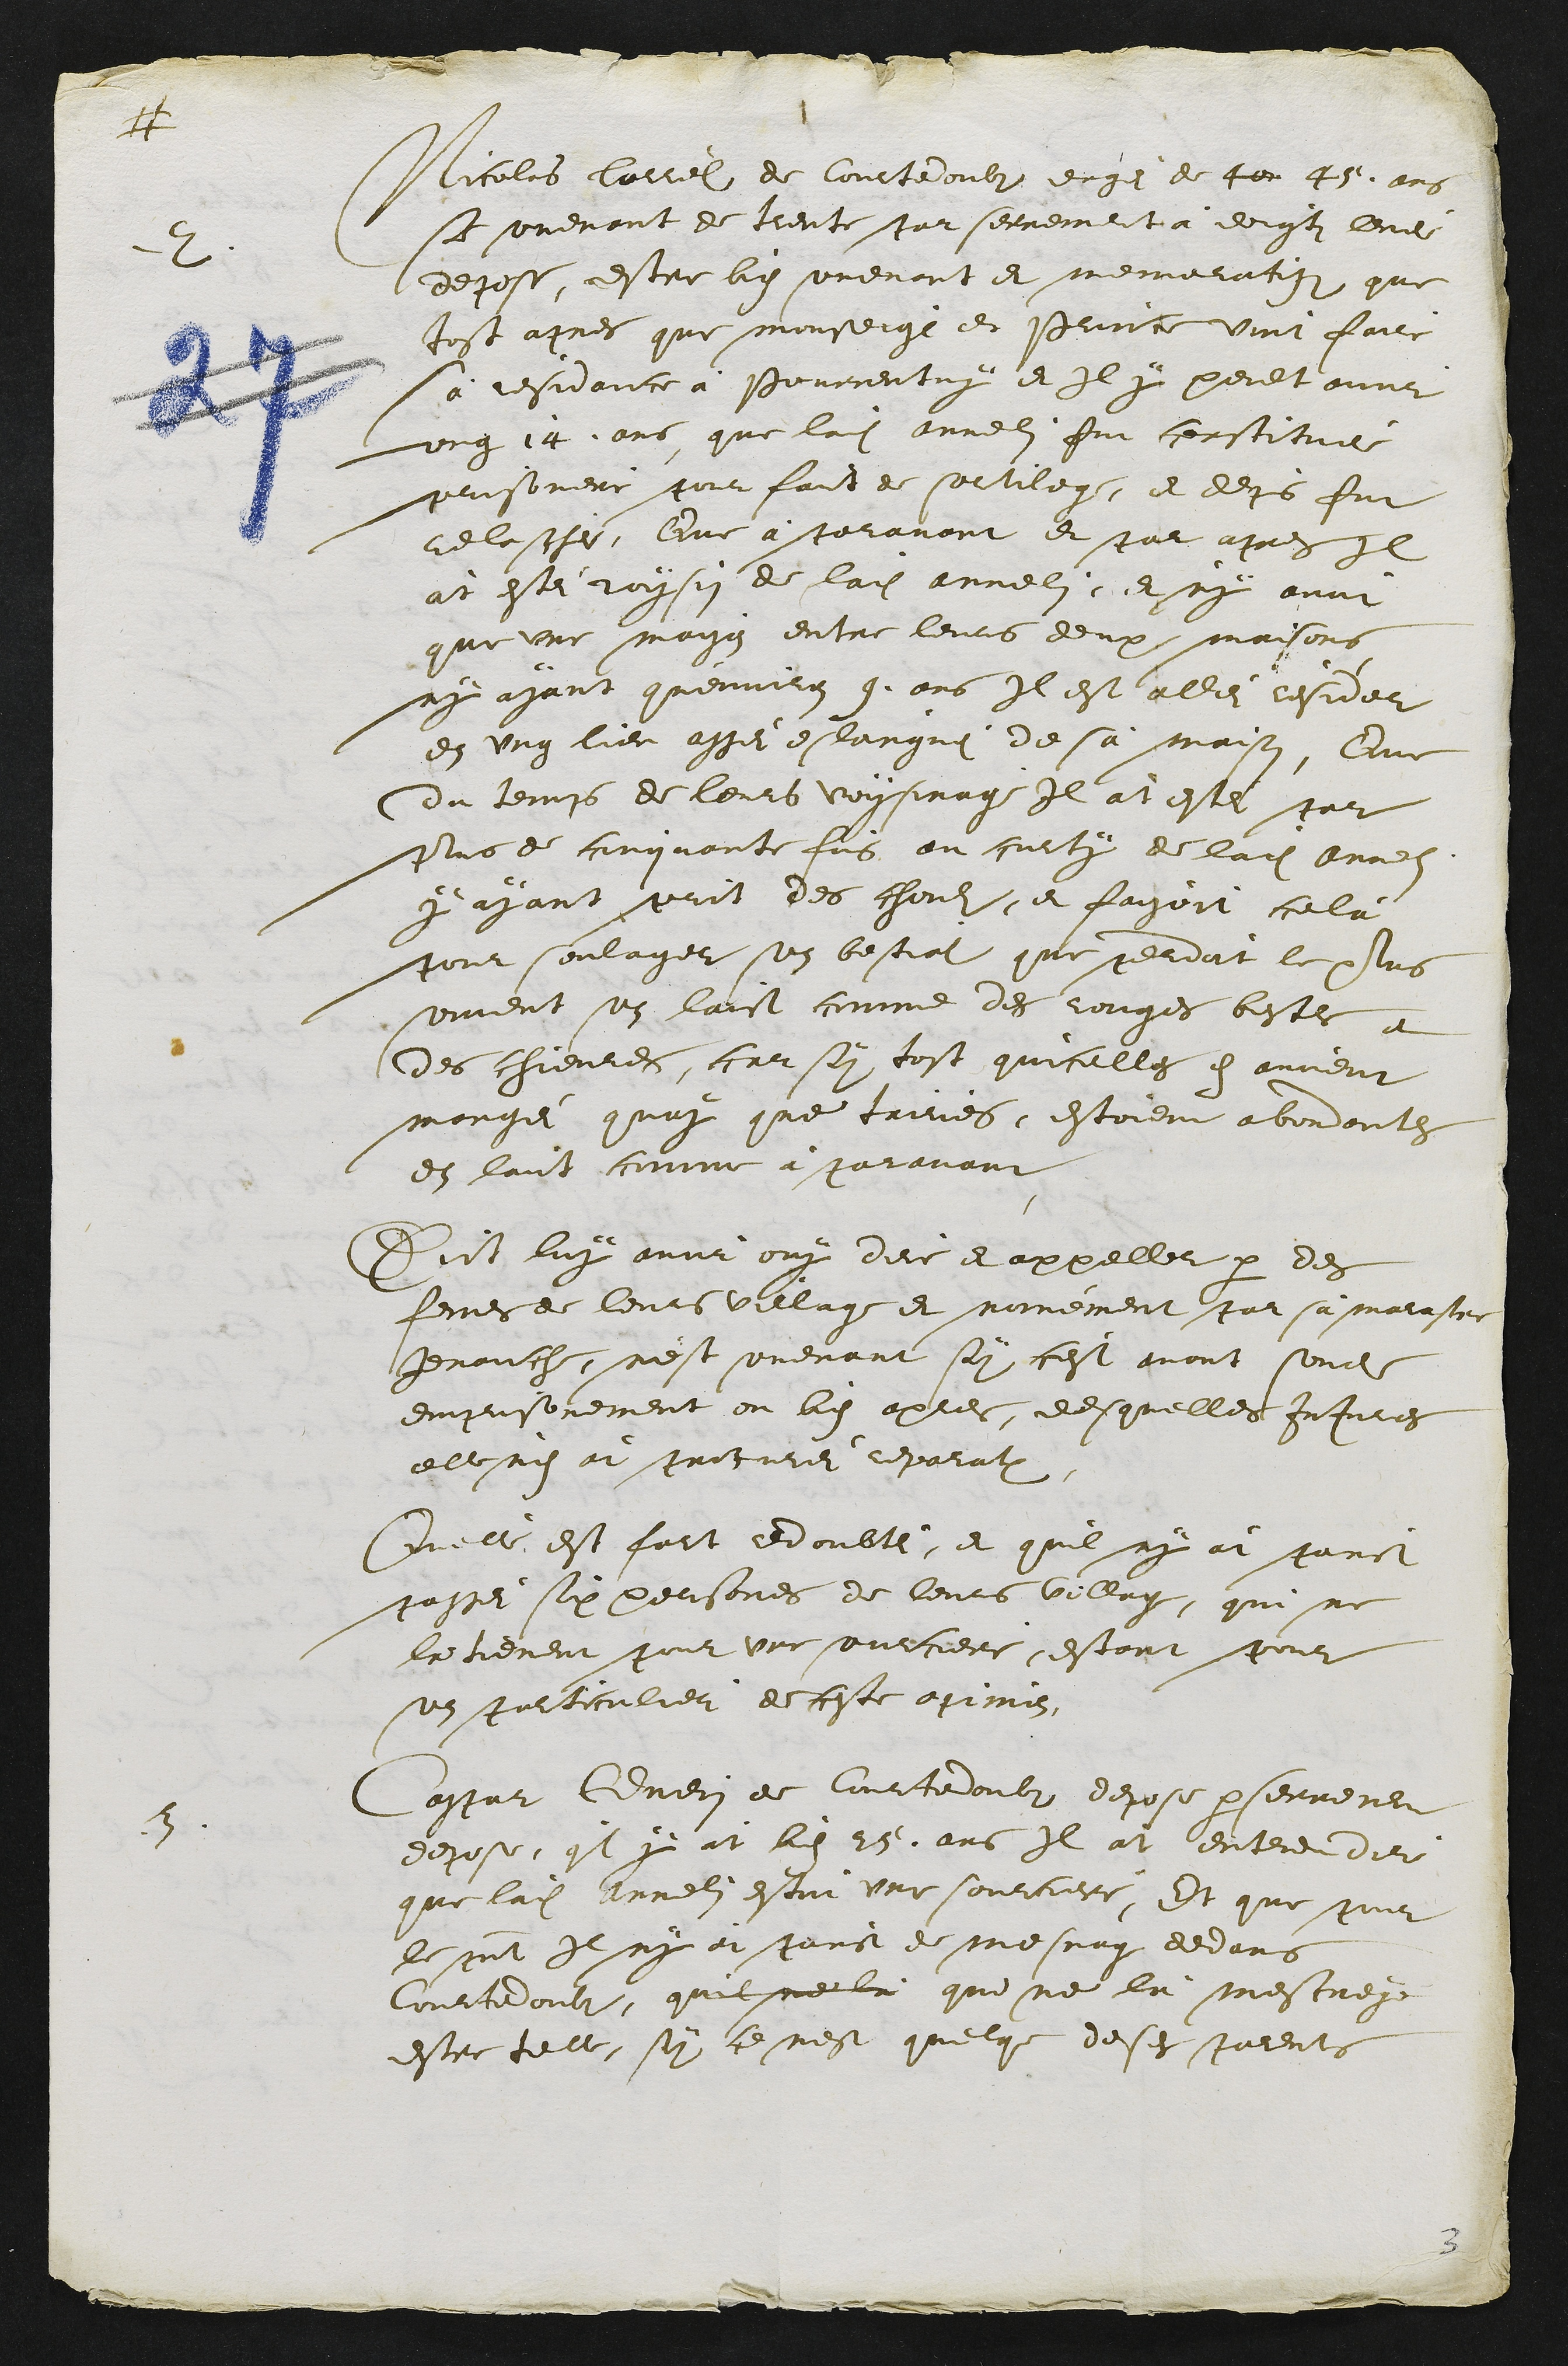
#

2. Nicolas Carrel de Courtedoubs eagé de 40. 45. ans
se souvenant de trente par serrement à doigts levei
depose, estre bien souvenant et memoratifs que
tost apres que monseigneur et Prince vint faire
sa residance à Pourrentruy et Il y peult avoir
ung 14. ans que ladite annelin fut constituei
prisonniere pour faict de sortilege, et depuis fut
relaschei, Que à paravant et par apres Il
àt estei voysin de ladite annelin, et n'y avoit
que une maison entre leurs deux maisons,
ny ayant qu'environ 9. ans Il est allei résider
en ung lieu assei esloingnei de sa maison, Que
du temps de leurs voysinage Il àt estei par
plus de cinquante fois au curty de ladite Annelin
y ayant prit des chouls, et faisoit celà
pour soulager son bestial que perdoit le plus
souvent son laict comme des rouges bestes et
des chievres, car sy tost quicelles en avoient
mangé quoy que tairies, estoient abondantes
en laict comme à paravant
Dict luy avoir ouy dire et appeller par des
femes de leurs village et nomément par sa marastre
jenauche, nest souvenant sy c'est avant sondit
emprisonement ou bien apres, desquelles Injures
elle n'en àt procurei reparation.
Qu'elle est fort redoubtei, et quil ny àt poinct
passei six persones de leurs village, qui ne
la tienent pour une sourciere, estant pour
son particulier de ceste opinion.
3. Caspar Guenin de Courtedoubs depose par serrement
depose, quil y àt bien 25. ans Il àt entendu dire
que ladite Annelin estoit une sourciere, Et que pour
le present Il ny àt poinct de mesnage dedans
Courtedoubs, quil ne là que ne là mescreye
estre telle. sy ce nest quelque deses parents

3